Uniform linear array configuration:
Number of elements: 8
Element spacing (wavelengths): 1
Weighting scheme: binomial
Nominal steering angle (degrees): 45
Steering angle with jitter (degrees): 44.308
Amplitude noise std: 0.05
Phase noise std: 0.05

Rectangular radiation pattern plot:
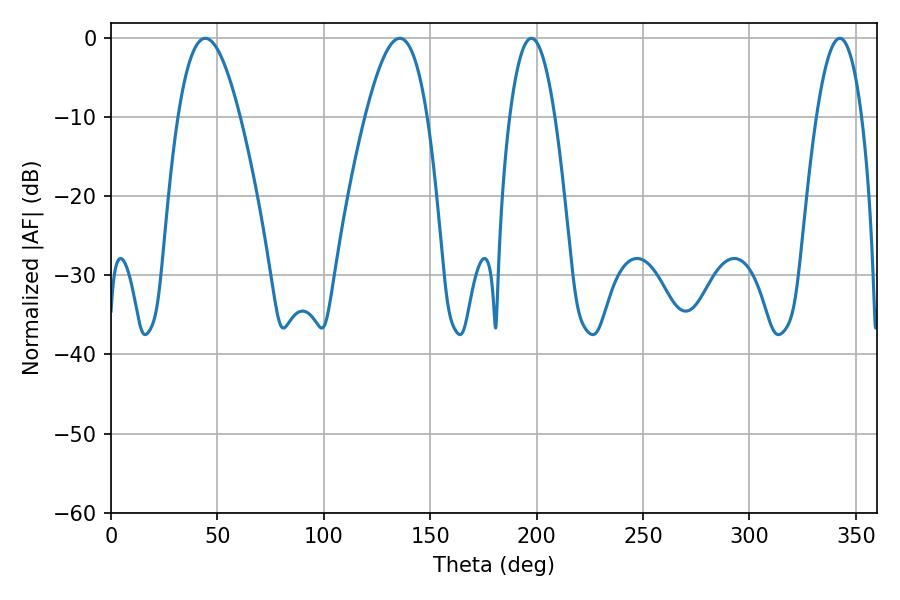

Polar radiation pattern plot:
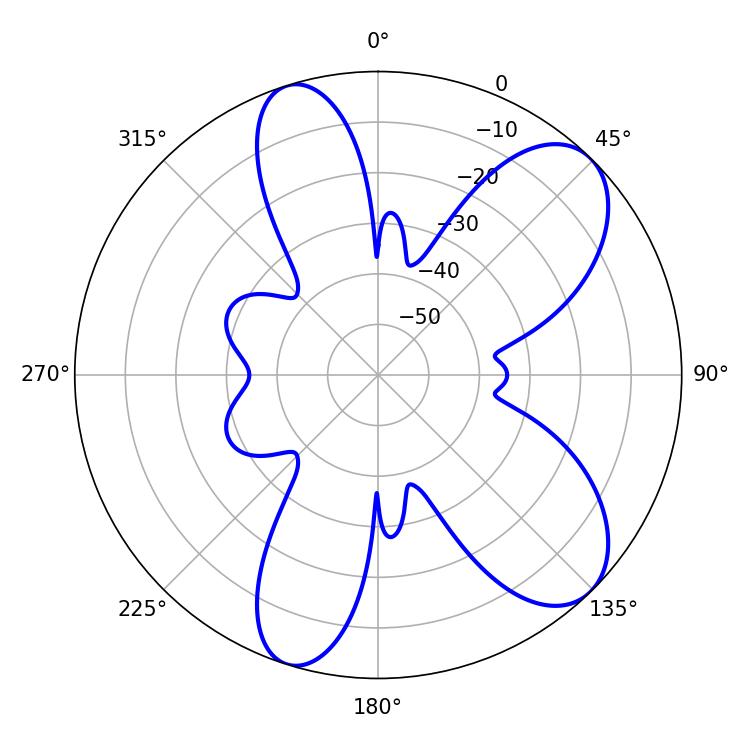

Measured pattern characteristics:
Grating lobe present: TRUE
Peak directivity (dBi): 8.42
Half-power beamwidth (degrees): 15.84
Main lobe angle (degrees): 44.28